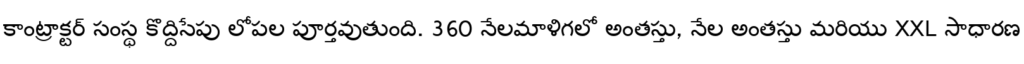
కాంట్రాక్టర్ సంస్థ కొద్దిసేపు లోపల పూర్తవుతుంది. 360 నేలమాళిగలో అంతస్తు, నేల అంతస్తు మరియు XXL సాధారణ